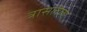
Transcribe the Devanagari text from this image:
त्रासलेला